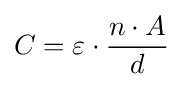
C=\varepsilon \cdot {{n\cdot A} \over {d}}